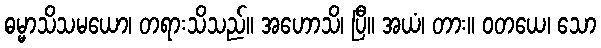
ဓမ္မာသိသမယော၊ တရားသိသည်။ အဟောသိ၊ ပြီ။ အယံ၊ တား။ ဝတယေ၊ သော